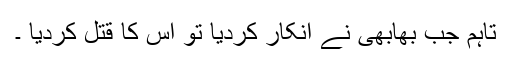
تاہم جب بھابھی نے انکار کردیا تو اس کا قتل کردیا ۔